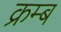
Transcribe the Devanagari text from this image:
क्रम्ब